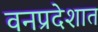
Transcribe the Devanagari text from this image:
वनप्रदेशात